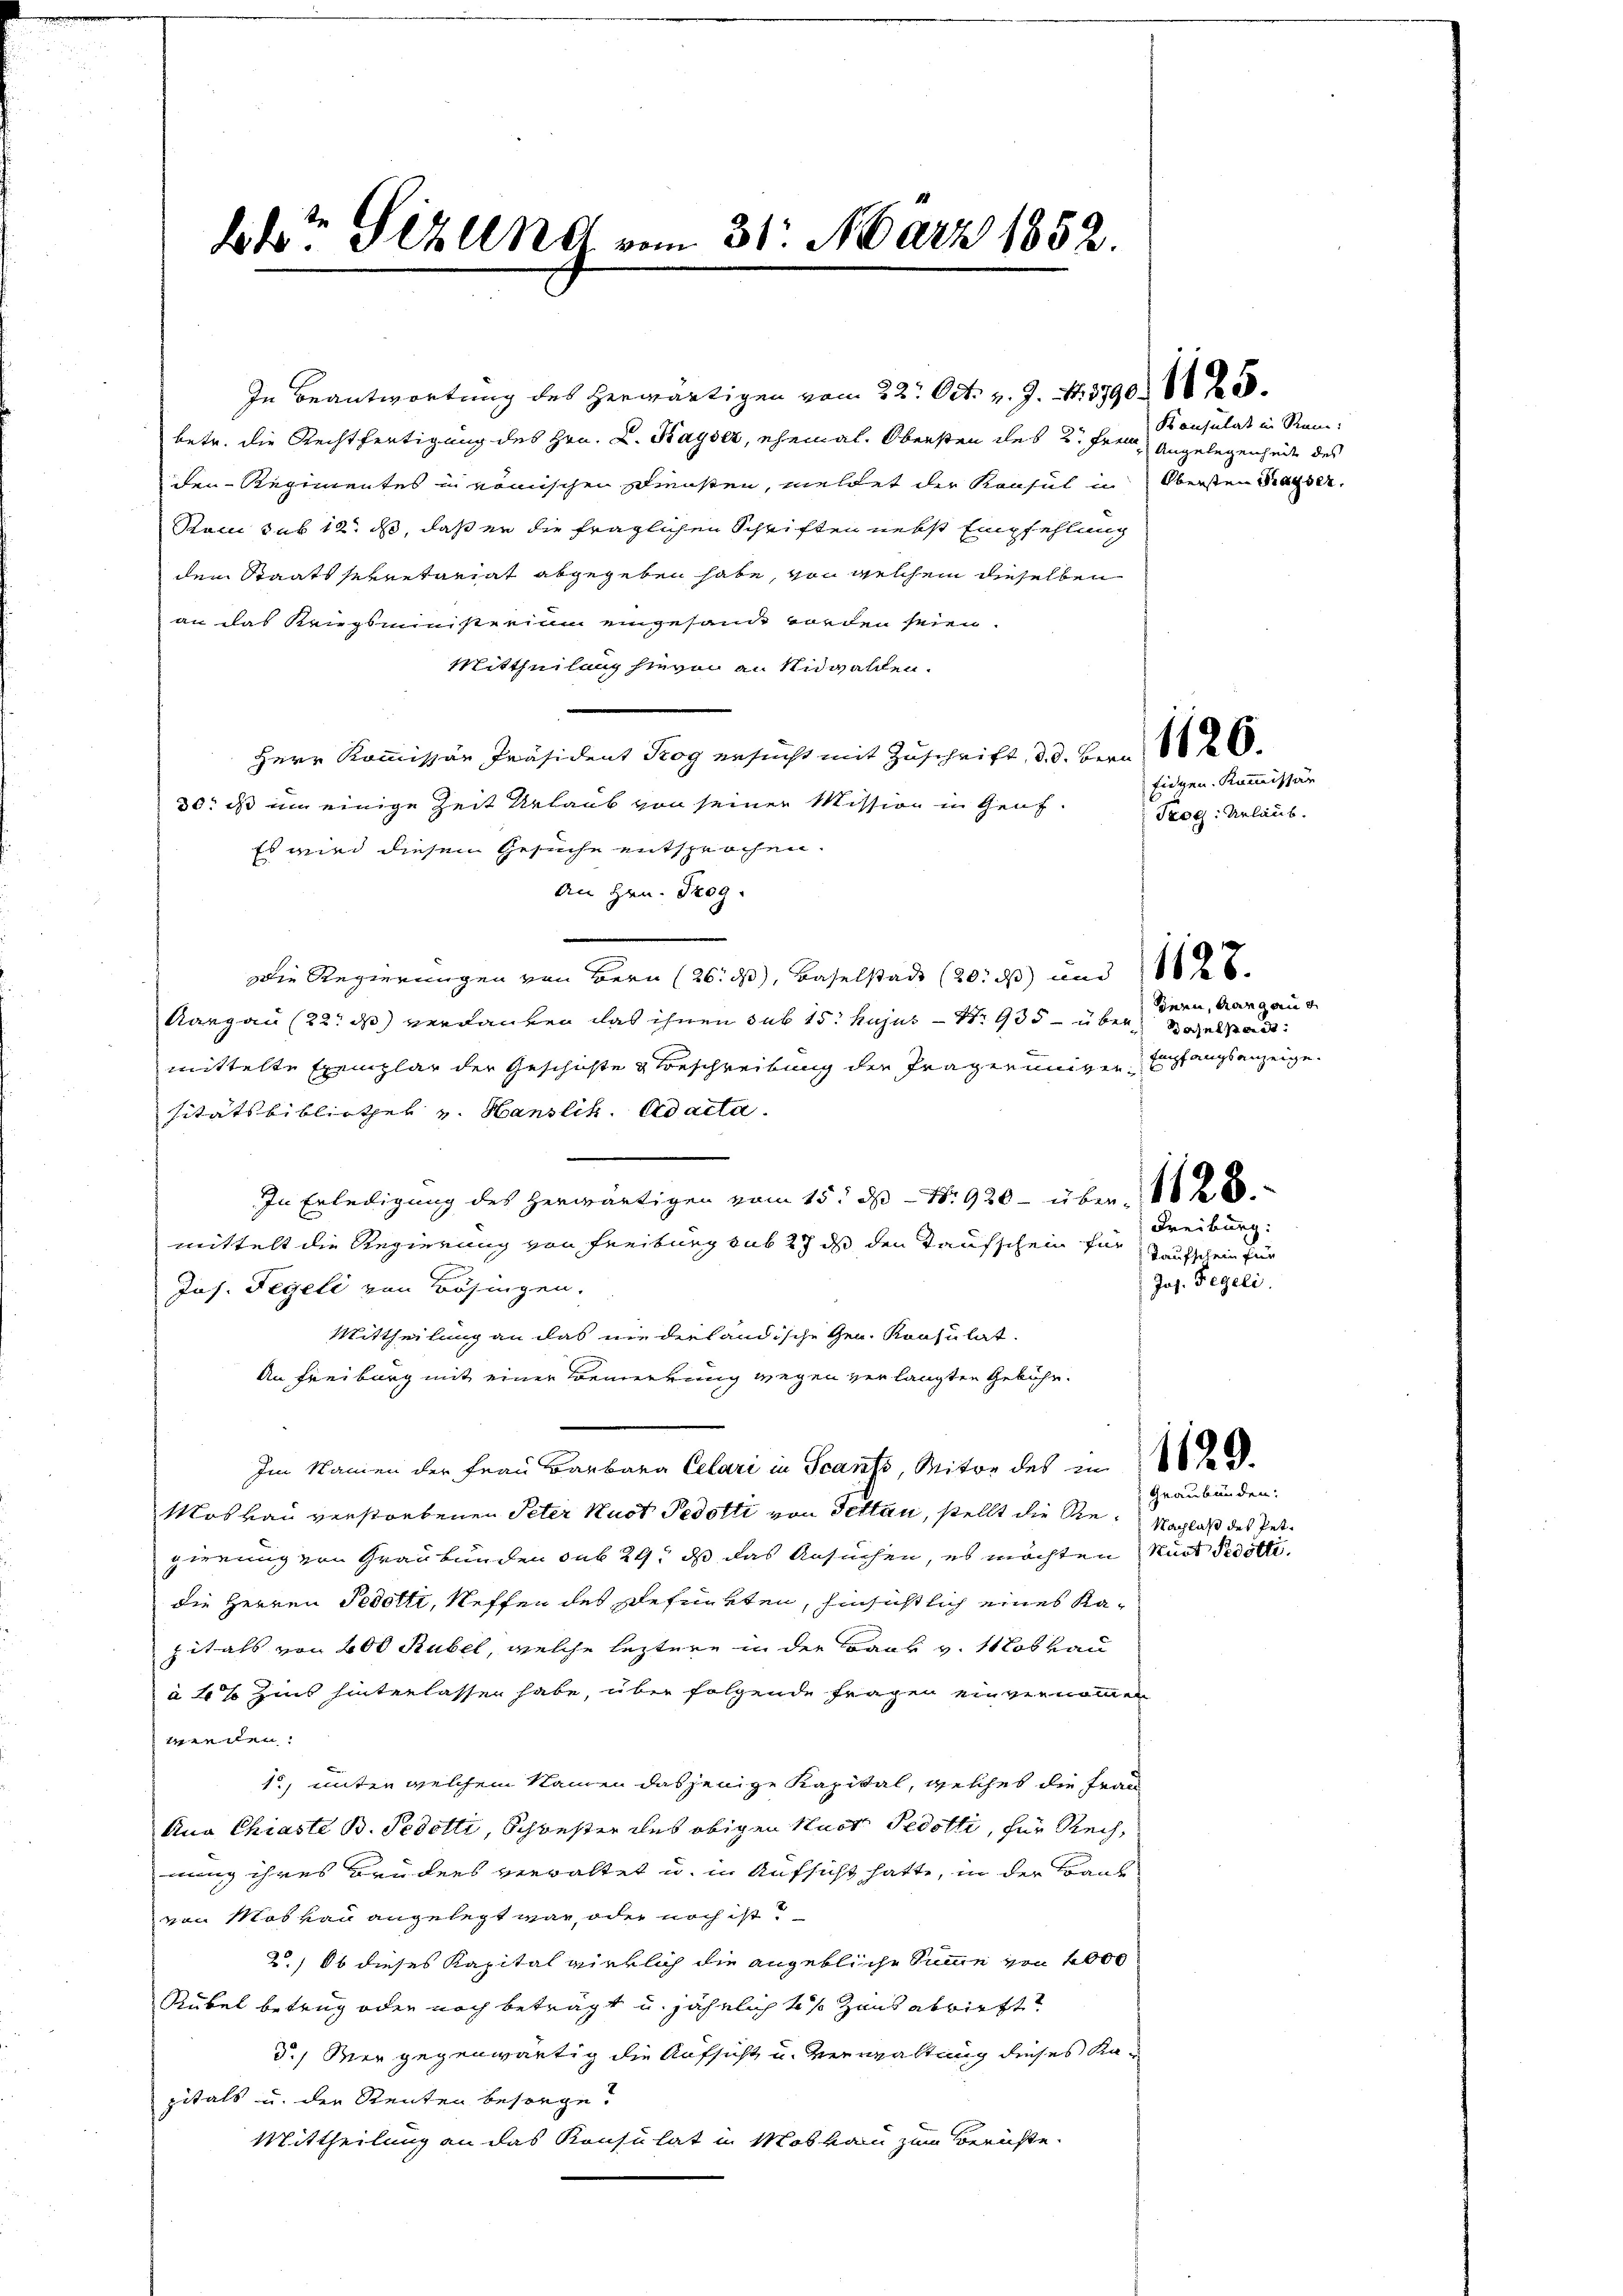
btr. Sizung vom 31. März 1852.

In Beantwortung des herwärtigen vom 22. Oct. v. J. N. 3790. 86 f.
betr. die Rechtfertigung des Hrn. L. Kayser, ehemal. Obersten des 2. Ferne Angelegenheit des
den Regimentes in römischen Diensten, meldet der Konsul in Obersten Ratsee,
Sam sub 12 ds, daß er die fraglichen Schriften nebst Empfehlung
dem Staatssekretariat abgegeben habe, von welchem dieselben
an das Kriegsministerium eingesandt worden seien.
Mittheilung hievon an Nidwalden.
Herr Kom̅issär Präsident Trog ersucht mit Zuschrift, d. d. Bern 1820.
30. ds um einige Zeit Urlaub von seiner Mission in Genf.
Es wird diesen Gesuche entsprochen.
An Hrn. Prog
Die Regierungen von Bern (26: d), Baselstadt (20. ds und 16
Aargau (22. d) verdanken das ihnen sub 15. hujus Nr. 935 – übermittelte Exemplar der Geschichte & Beschreibung der Fragerungen Empfangsanzeige.
sitätsbibliothek v. Hanslik. Adacta.
In Erledigung des herwärtigen vom 15. ds N. 920 - über 16 f 0
mittelt die Regierung von Freiburg sub 27 de den Taufschein für Taufschein für
Jos. Tegeli von Bösingen.
Mittheilung an das niederländische Gen. Konsultat.
An Freiburg mit einer Bemerkung wegen verlangten Gebühr¬
Im Namen der Frau Barbara Celari in Scans, Miter des in
Moskau verstorbenen Peter Hust Pedotti von Pettau, stellt die Re¬ Nachlaß des Petgierung von Graubünden sub 29, dß das Ansuchen, es möchten
die Herren Fedotti, Neffen des gefunkten, hinsichtlich eines Kapitals von 200 Rubel, welche leztere in der Bank v. Moskau
à 4% Zins hinterlassen habe, über folgende Fragen einvernommen
iierten.
1) unter welchem Namen dasjenige Kapital, welches die Frau
Ana Chiaste B. Pedotti, Schwester des obigen Huct. Pedotti, für Rechnung ihres Brüders verwaltet u. in Aufsicht hatte, in der Baut
von Moskau angelegt war, oder noch ist?
2) Ob dieses Kapital vierlich die angebliche Summe von 4000
Rükel betrug oder noch beträgt u. jährlich 4 % Zins abwirft
d.) Der gegenwärtig die Aufsicht u. verwaltung dieses Kapitals u. der Renten besorge?
Mittheilung an das Konsulat in Moskau zum Berichte.

Konsulat in Reine:

Eidgen. Kommissär
Trog: Urlaub.

sinen, Gang an d
azelstadt

Freiburg:
Jos. Tegeli.

Graubünden:
Kurt Pedötti.